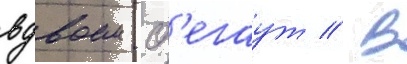
вдвоем сб'егаут // В